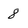
Character: 8